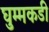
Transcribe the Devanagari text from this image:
घुम्मकडी